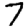
Digit: 7